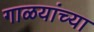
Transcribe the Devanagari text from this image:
गाळयांच्या